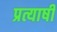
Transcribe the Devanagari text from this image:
प्रत्याषी